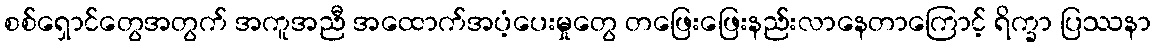
စစ်ရှောင်တွေအတွက် အကူအညီ အထောက်အပံ့ပေးမှုတွေ တဖြေးဖြေးနည်းလာနေတာကြောင့် ရိက္ခာ ပြဿနာ